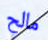
مالح